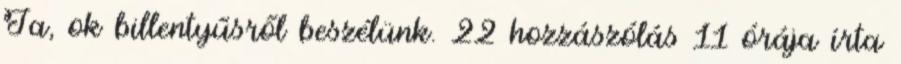
Ja, ok billentyűsről beszélünk. 22 hozzászólás 11 órája írta